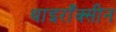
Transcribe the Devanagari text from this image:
थाइराँक्सीन